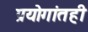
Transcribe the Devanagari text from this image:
प्रयोगांतही